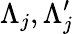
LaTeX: \Lambda_{j},\Lambda_{j}^{\prime}